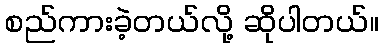
စည်ကားခဲ့တယ်လို့ ဆိုပါတယ်။